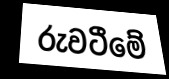
රුවටීමේ